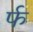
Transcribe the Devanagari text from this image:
र्फ